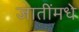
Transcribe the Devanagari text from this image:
जातींमधे